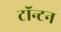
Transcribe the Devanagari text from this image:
टॉन्टन